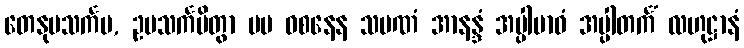
တေနုပသင်္ကမ, ဥပသင်္ကမိတွာ မမ ဝစနေန သမဏံ အာနန္ဒံ အပ္ပါဗာဓံ အပ္ပါတင်္ကံ လဟုဋ္ဌာနံ